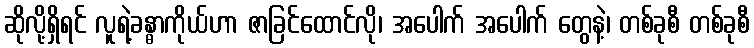
ဆိုလို့ရှိရင် လူရဲ့ခန္ဓာကိုယ်ဟာ ဇာခြင်ထောင်လို၊ အပေါက် အပေါက် တွေနဲ့၊ တစ်ခုစီ တစ်ခုစီ